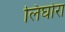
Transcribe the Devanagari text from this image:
लिघोरा